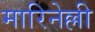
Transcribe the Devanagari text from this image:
मारिनेल्ली